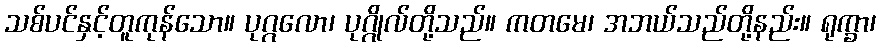
သစ်ပင်နှင့်တူကုန်သော။ ပုဂ္ဂလော၊ ပုဂ္ဂိုလ်တို့သည်။ ကတမေ၊ အဘယ်သည်တို့နည်း။ ရုက္ခာ၊